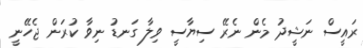
ރައީސް ނަޝީދު މެން ނެރޭ ސިޔާސީ ވިލާ ގަނޑު ނިވާ ކުރަން ޖެހޭނީ